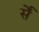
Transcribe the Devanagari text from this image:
र्सें